Indian journal of veterinary science and animal husbandry - Volume 5,
Year: 1935
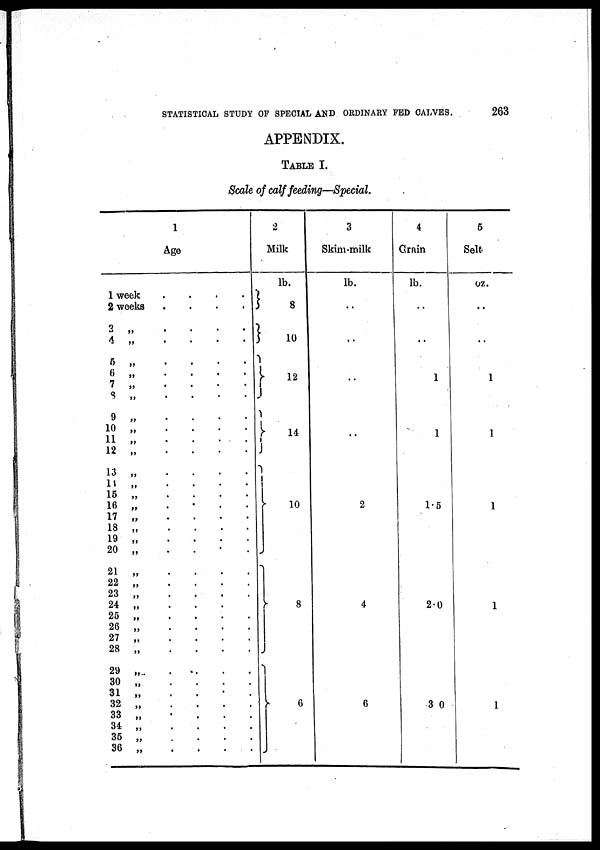
STATISTICAL STUDY OF SPECIAL AND ORDINARY FED CALVES.
263
APPENDIX.
TABLE I.
Scale of calf feeding—Special.
1
Age
1 week . . . . .
2 weeks
.
.
.
.
.
3
„
.
.
.
.
.
4 „ . . . . .
5
„
.
.
.
.
.
6
„
.
.
.
.
.
7
„
.
.
.
.
.
8 „ . . . . .
9
„
.
.
.
.
.
10
„
.
.
.
.
.
11 „ . . . . .
12
„
.
.
.
.
.
13
„
.
.
.
.
.
14
„
.
.
.
.
.
15
„
.
.
.
.
.
16 „ . . . . .
17
„
.
.
.
.
.
18
„
.
.
.
.
.
19
„
.
.
.
.
.
20 „ . . . . .
21
„
.
.
.
.
.
22
„
.
.
.
.
.
23
„
.
.
.
.
.
24 „ . . . . .
25
„
.
.
.
.
.
26
„
.
.
.
.
.
27
„
.
.
.
.
.
28
„
.
.
.
.
.
29
„
.
.
.
.
.
30
„
.
.
.
.
.
31 „ . . . . .
32
„
.
.
.
.
.
33
„
.
.
.
.
.
34
„
.
.
.
.
.
35
„
.
.
.
.
.
36
„
.
.
.
.
.
2
Milk
lb.
8
10
12
14
10
8
6
3
Skim-milk
lb.
..
..
..
..
2
4
6
4
Grain
lb.
..
..
1
1
1.5
2.0
3.0
5
Selt
oz.
..
..
1
1
1
1
1